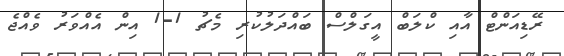
ރޭޑިއަންޓް އާއި ކްލަބް އީގަލްސް ބައްދަލުކުރި މެޗު 1-1 އިން އެއްވަރު ވެއްޖެ